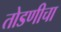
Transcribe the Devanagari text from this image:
तोडणीचा